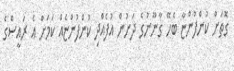
ގޮތަށް ކުންފުންޏާ ބެހޭ ގާނޫނުގެ ދަށުން އުފެއްދި ކުންފުންޏެއް ކަމަށް އެ ރައީސްގެ